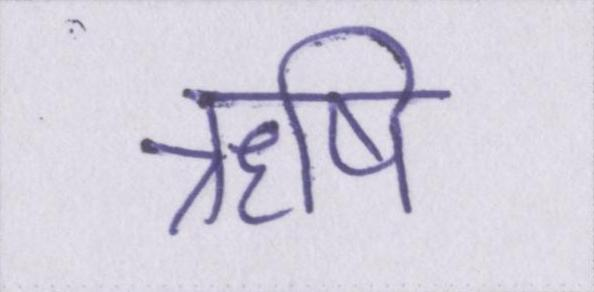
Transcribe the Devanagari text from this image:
ॠषि